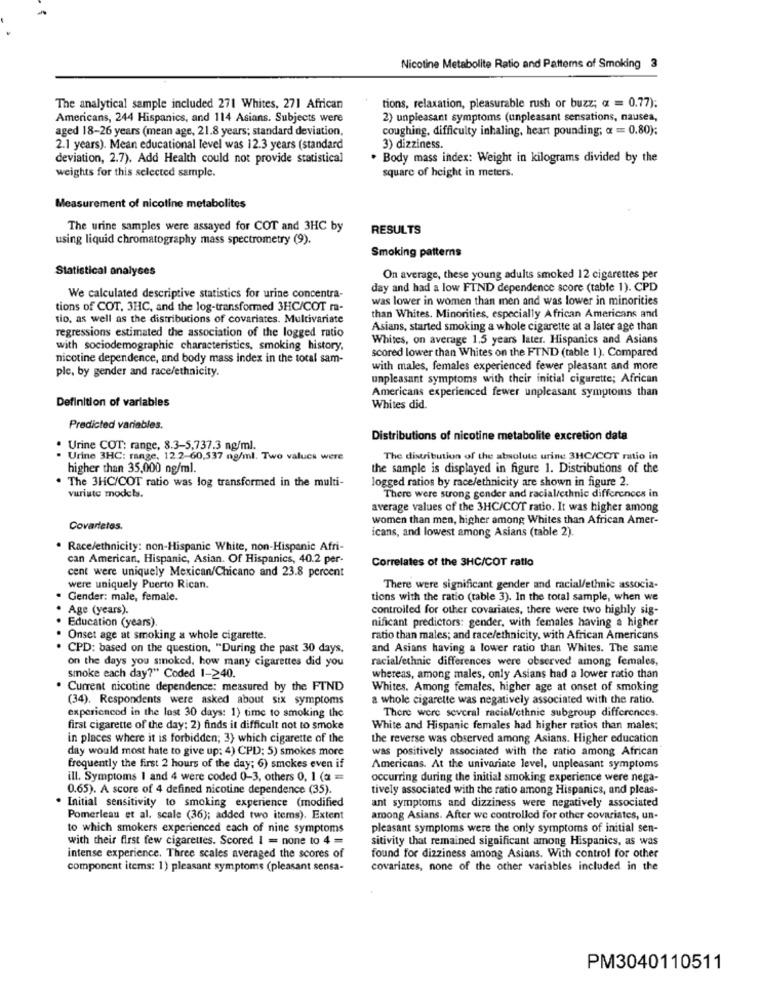
Nicotine Metabolite Ratio and Pattems of Smoking 3
The analytical sample included 271 Whites, 271 African
tions, relaxation, pleasurable rush or buzz; ax = 0.77);
Americans, 244 Hispanics, and 114 Asians. Subjects were
2) unpleasant symptoms (unpleasant sensations, nausea,
aged 18-26 years (mean age, 21.8 years; standard deviation,
coughing, difficulty inhaling, heart pounding; « = 0.80);
2.1 years). Mean educational level was 12.3 years (standard
3) dizziness.
deviation, 2.7). Add Health could not provide statistical
. Body mass index: Weight in kilograms divided by the
weights for this selected sample.
square of height in meters.
Measurement of nicotine metabolites
The urine samples were assayed for COT and 3HC by
RESULTS
using liquid chromatography mass spectrometry (9).
Smoking patterns
Statistical analyses
On average, these young adults smoked 12 cigarettes per
day and had a low FTND dependence score (table 1). CPD
We calculated descriptive statistics for urine concentra-
was lower in women than men and was lower in minorities
tions of COT, 3HC, and the log-transformed 3HC/COT ra-
tio, as well as the distributions of covariates. Multivariate
than Whites. Minorities, especially African Americans and
regressions estimated the association of the logged ratio
Asians, started smoking a whole cigarette at a later age than
Whites, on average 1.5 years later. Hispanics and Asians
with sociodemographic characteristics, smoking history,
scored lower than Whites on the FTND (table 1). Compared
nicotine dependence, and body mass index in the total sam-
ple, by gender and race/ethnicity.
with males, females experienced fewer pleasant and more
unpleasant symptoms with their initial cigarette; African
Americans experienced fewer unpleasant symptoms than
Definition of variables
Whites did.
Predicted variables.
Distributions of nicotine metabolite excretion data
. Urine COT: range, 8.3-5,737.3 ng/ml.
Urine 3HC: range, 12.2-60,537 ng/ml. Two values were
The distribution of the absolute urine 3HC/COT ratio in
higher than 35,000 ng/ml.
the sample is displayed in figure 1. Distributions of the
The 3HC/COT ratio was log transformed in the multi-
logged ratios by race/ethnicity are shown in figure 2.
vuriute models.
There were strong gender and racial/ethnic differences in
average values of the 3HC/COT ratio. It was higher among
women than men, higher among Whites than African Amer-
Covarietes.
icans, and lowest among Asians (table 2).
Race/ethnicity: non-Hispanic White, non-Hispanic Afri-
can American, Hispanic, Asian. Of Hispanics, 40.2 per-
Correlates of the 3HC/COT ratlo
cent were uniquely Mexican/Chicano and 23.8 percent
were uniquely Puerto Rican.
There were significant gender and racial/ethnic associa-
Gender: male, female.
tions with the ratio (table 3). In the total sample, when we
· Age (years).
controlled for other covariates, there were two highly sig-
Education (years).
nificant predictors: gender, with females having a higher
Onset age at smoking a whole cigarette.
..
ratio than males; and race/ethnicity, with African Americans
. CPD: based on the question, "During the past 30 days.
and Asians having a lower ratio than Whites. The same
on the days you smoked, how many cigarettes did you
racial/ethnic differences were observed among females,
smoke each day?" Coded 1-240.
whereas, among males, only Asians had a lower ratio than
Current nicotine dependence: measured by the FIND
Whites. Among females, higher age at onset of smoking
(34). Respondents were asked about six symptoms
a whole cigarette was negatively associated with the ratio.
There were several racial/ethnie subgroup differences.
experienced in the last 30 days: 1) time to smoking the
first cigarette of the day: 2) finds it difficult not to smoke
White and Hispanic females had higher ratios than males;
in places where it is forbidden; 3) which cigarette of the
the reverse was observed among Asians. Higher education
day would most hate to give up: 4) CPD; 5) smokes more
was positively associated with the ratio among African
frequently the first 2 hours of the day; 6) smokes even if
Americans. At the univariate level, unpleasant symptoms
ill. Symptoms 1 and 4 were coded 0-3, others 0, 1 (a =
occurring during the initial smoking experience were nega-
0.65). A score of 4 defined nicotine dependence (35).
tively associated with the ratio among Hispanics, and pleas-
. Initial sensitivity to smoking experience (modified
ant symptoms and dizziness were negatively associated
Pomerleau et al. scale (36); added two items). Extent
among Asians. After we controlled for other covariates, un-
to which smokers experienced each of nine symptoms
pleasant symptoms were the only symptoms of initial sen-
with their first few cigarettes. Scored I = none to 4 =
sitivity that remained significant among Hispanics, as was
intense experience. Three scales averaged the scores of
found for dizziness among Asians. With control for other
component items: 1) pleasant symptoms (pleasant sensa-
covariates, none of the other variables included in the
PM3040110511